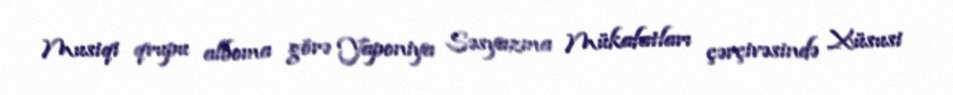
Musiqi qrupu alboma görə Yaponiya Səsyazma Mükafatları çərçivəsində Xüsusi